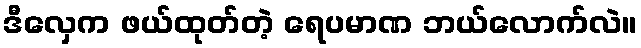
ဒီလှေက ဖယ်ထုတ်တဲ့ ရေပမာဏ ဘယ်လောက်လဲ။